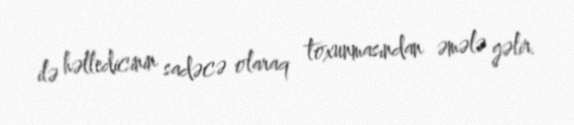
ilə həlledicinin sadəcə olaraq toxunmasından əmələ gəlir.